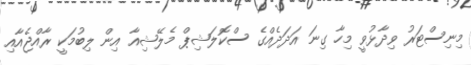
މިނިސްޓަރު ވިދާޅުވީ މިހާ ގިނަ އަދަދެއްގެ ސްކޮލަޝިޕް މެލޭޝިއާ އިން ލިބުމަކީ ރާއްޖެއާއި